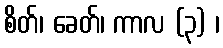
စိတ်၊ ခေတ်၊ ကာလ (၃) ၊